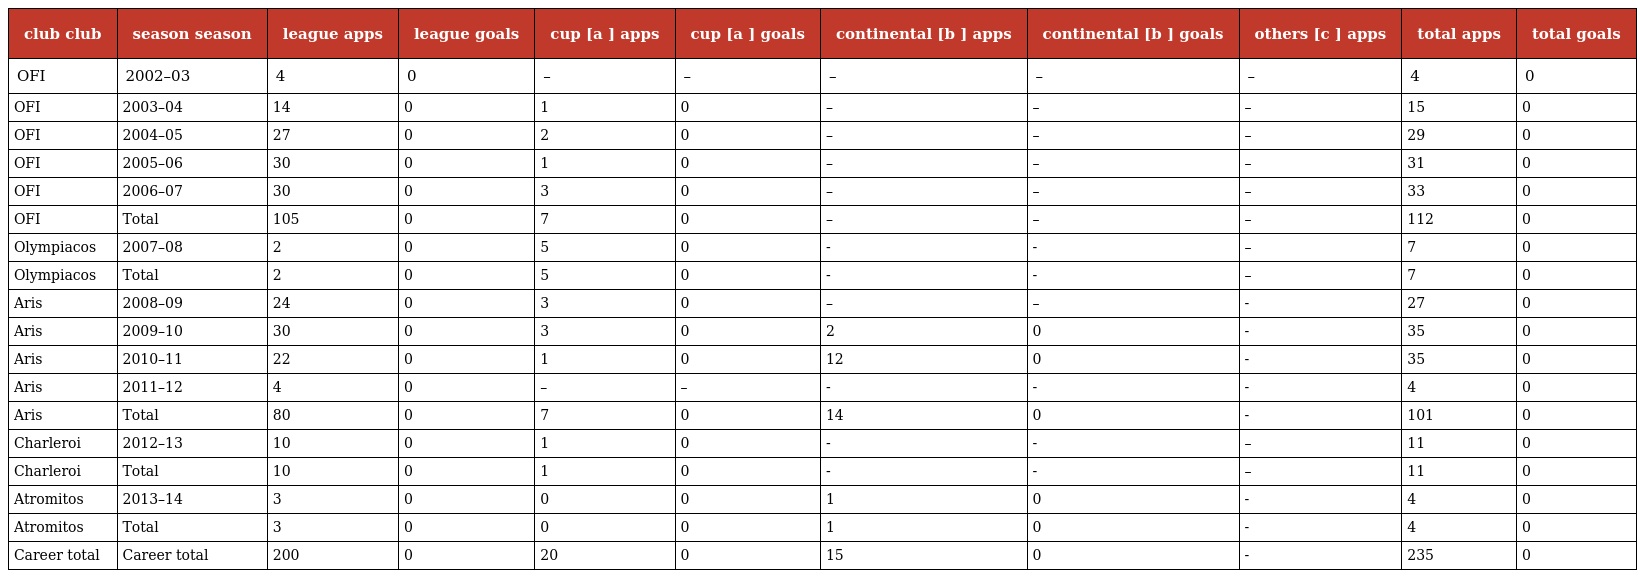
| club club | season season | league apps | league goals | cup [a ] apps | cup [a ] goals | continental [b ] apps | continental [b ] goals | others [c ] apps | total apps | total goals |
 | --- | --- | --- | --- | --- | --- | --- | --- | --- | --- | --- |
 | OFI | 2002–03 | 4 | 0 | – | – | – | – | – | 4 | 0 |
 | OFI | 2003–04 | 14 | 0 | 1 | 0 | – | – | – | 15 | 0 |
 | OFI | 2004–05 | 27 | 0 | 2 | 0 | – | – | – | 29 | 0 |
 | OFI | 2005–06 | 30 | 0 | 1 | 0 | – | – | – | 31 | 0 |
 | OFI | 2006–07 | 30 | 0 | 3 | 0 | – | – | – | 33 | 0 |
 | OFI | Total | 105 | 0 | 7 | 0 | – | – | – | 112 | 0 |
 | Olympiacos | 2007–08 | 2 | 0 | 5 | 0 | - | - | – | 7 | 0 |
 | Olympiacos | Total | 2 | 0 | 5 | 0 | - | - | – | 7 | 0 |
 | Aris | 2008–09 | 24 | 0 | 3 | 0 | – | – | - | 27 | 0 |
 | Aris | 2009–10 | 30 | 0 | 3 | 0 | 2 | 0 | - | 35 | 0 |
 | Aris | 2010–11 | 22 | 0 | 1 | 0 | 12 | 0 | - | 35 | 0 |
 | Aris | 2011–12 | 4 | 0 | – | – | - | - | - | 4 | 0 |
 | Aris | Total | 80 | 0 | 7 | 0 | 14 | 0 | - | 101 | 0 |
 | Charleroi | 2012–13 | 10 | 0 | 1 | 0 | - | - | – | 11 | 0 |
 | Charleroi | Total | 10 | 0 | 1 | 0 | - | - | – | 11 | 0 |
 | Atromitos | 2013–14 | 3 | 0 | 0 | 0 | 1 | 0 | - | 4 | 0 |
 | Atromitos | Total | 3 | 0 | 0 | 0 | 1 | 0 | - | 4 | 0 |
 | Career total | Career total | 200 | 0 | 20 | 0 | 15 | 0 | - | 235 | 0 |